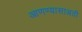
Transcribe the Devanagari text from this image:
आणण्यासाअठी